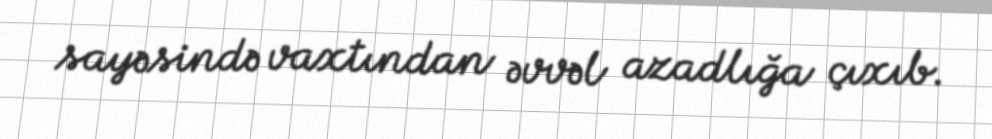
sayəsində vaxtından əvvəl azadlığa çıxıb.